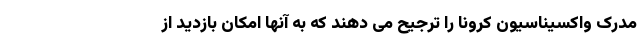
مدرک واکسیناسیون کرونا را ترجیح می دهند که به آنها امکان بازدید از